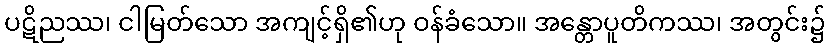
ပဋိညဿ၊ ငါမြတ်သော အကျင့်ရှိ၏ဟု ဝန်ခံသော။ အန္တောပူတိကဿ၊ အတွင်း၌